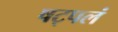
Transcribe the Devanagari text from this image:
षट्पलं